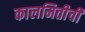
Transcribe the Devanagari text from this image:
कालमितीची